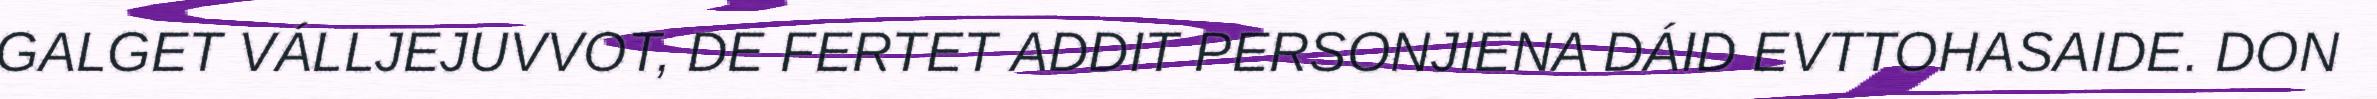
GALGET VÁLLJEJUVVOT, DE FERTET ADDIT PERSONJIENA DÁID EVTTOHASAIDE. DON